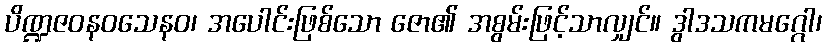
ပိဏ္ဍဇဝနဝသေနဝ၊ အပေါင်းဖြစ်သော ဇော၏ အစွမ်းဖြင့်သာလျှင်။ ဒွါဒသကမဂ္ဂေါ၊